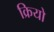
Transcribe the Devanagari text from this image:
क्रियो